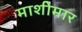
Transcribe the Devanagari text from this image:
माशीमार